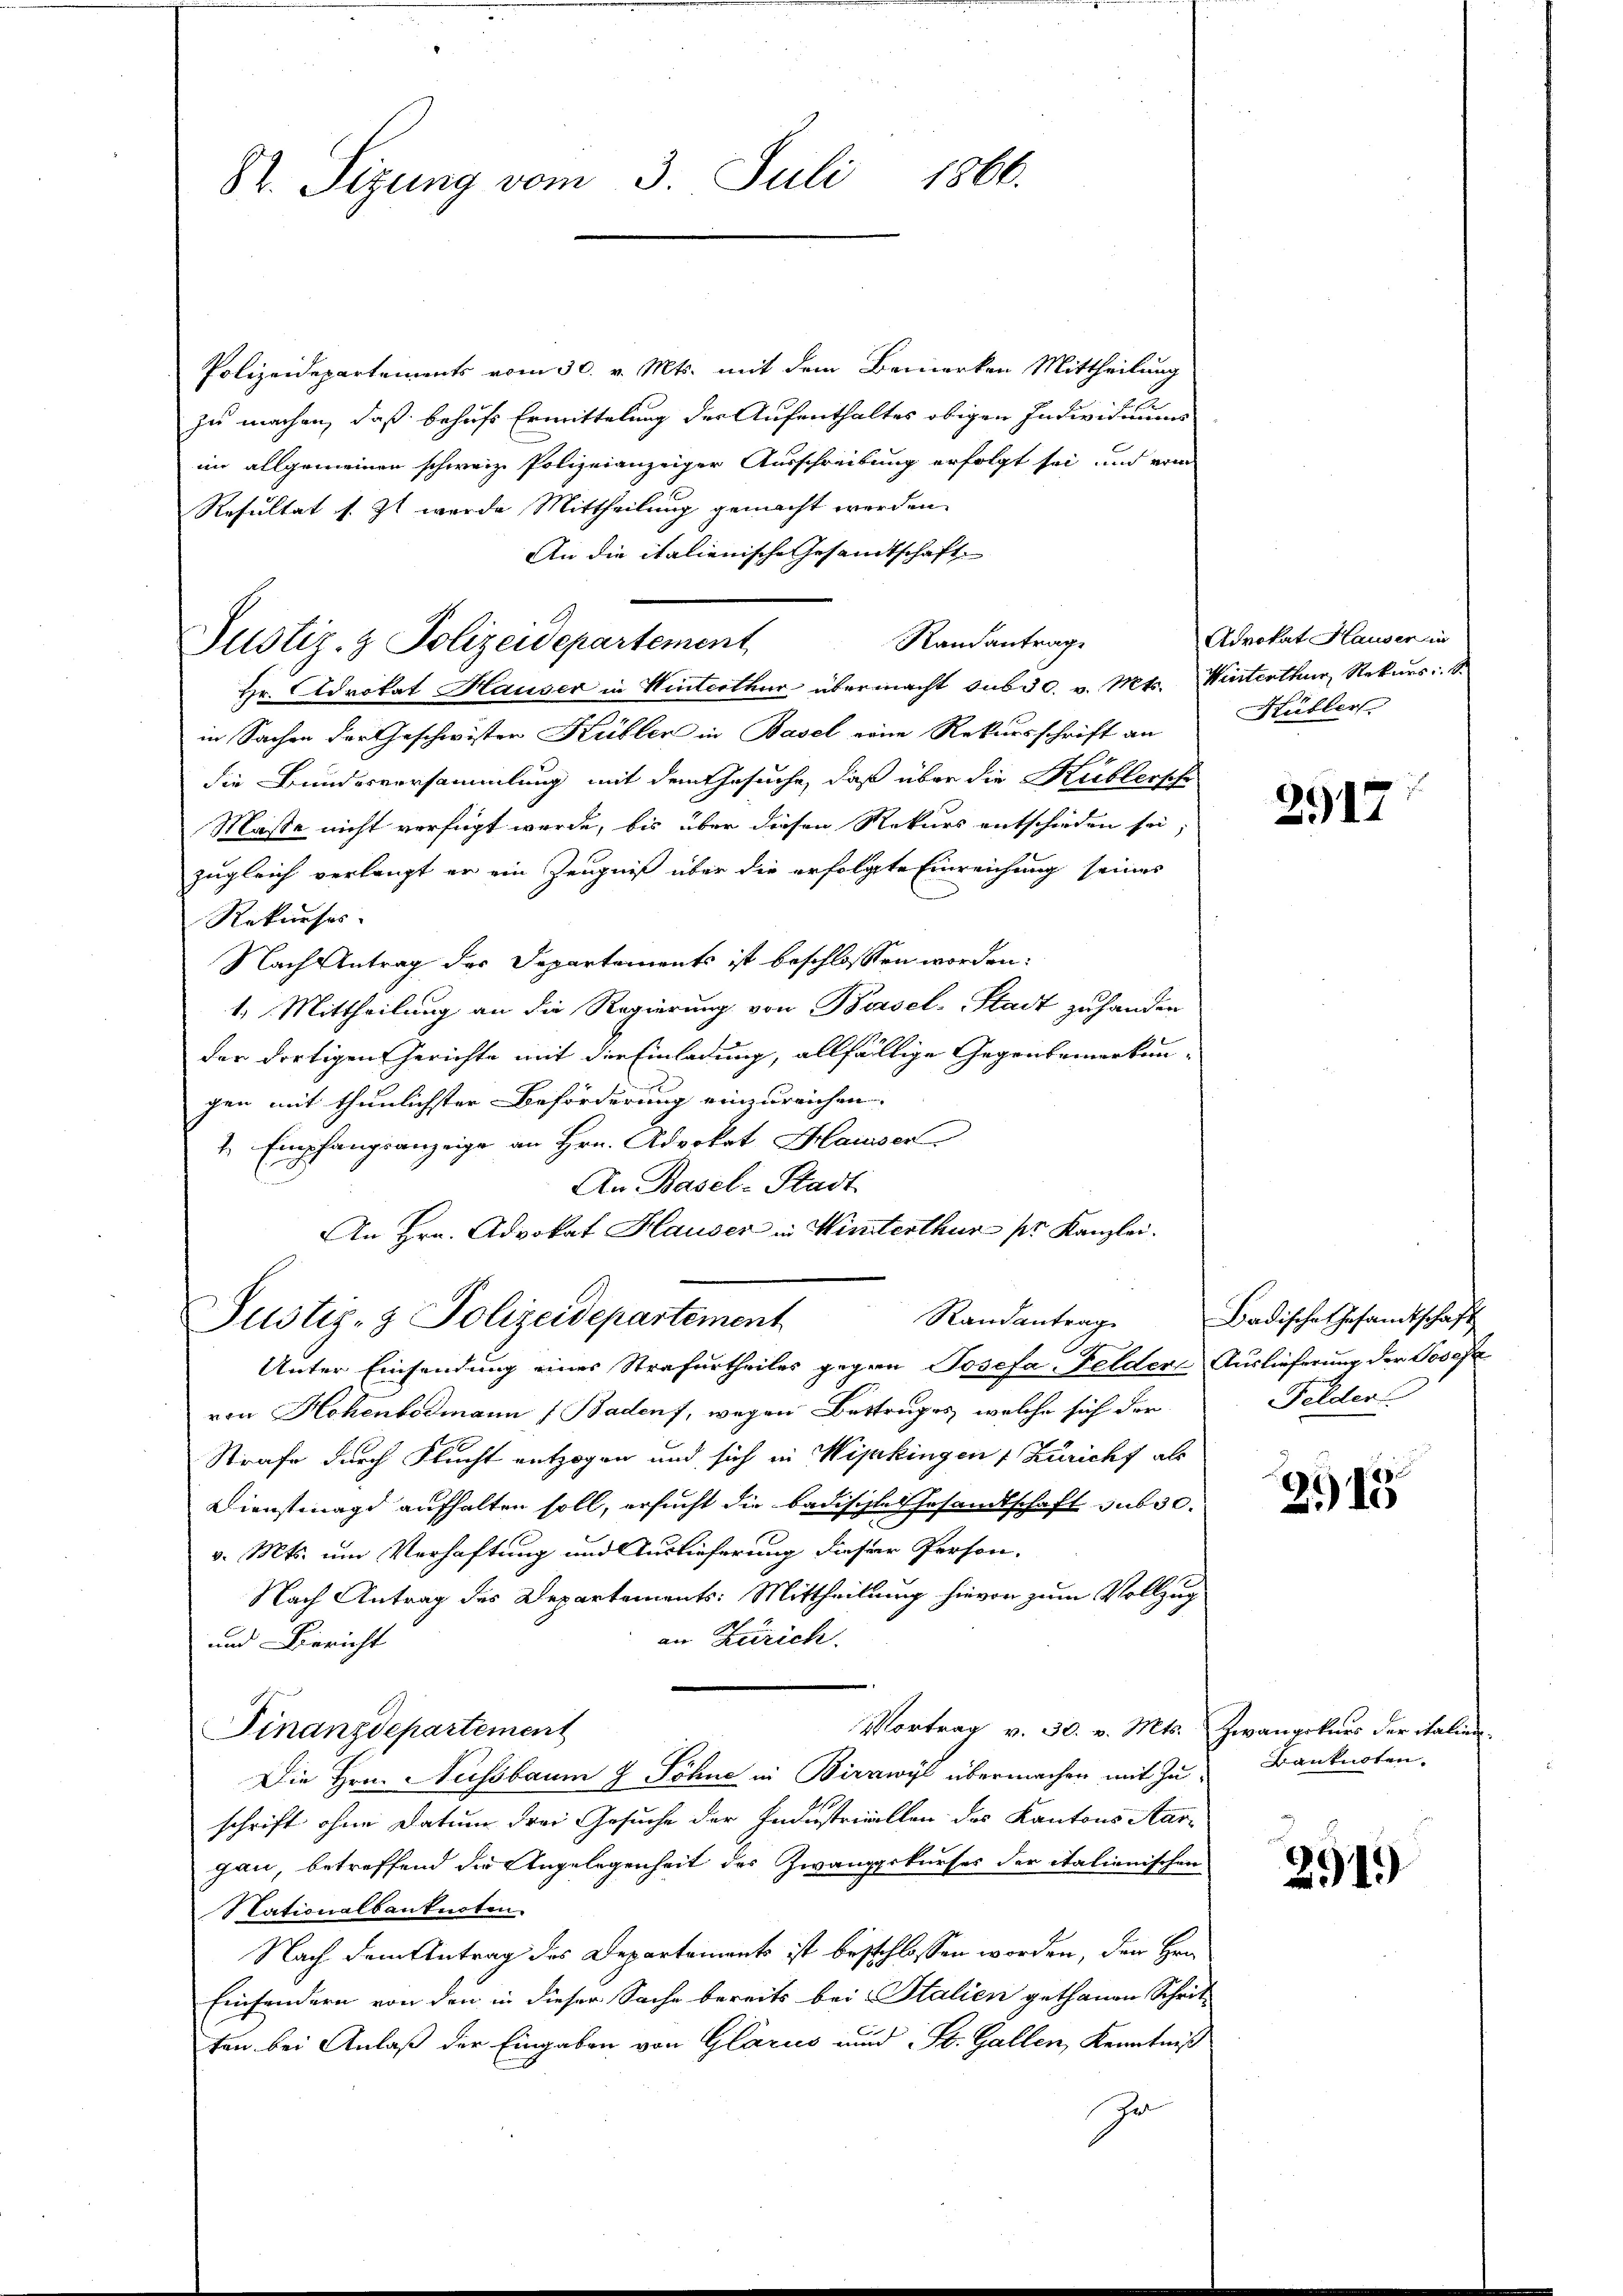
Polizeidepartements vom 30. v. Mts. mit dem Bemerken Mittheilung
zu machen, daß behufs Ermittelung der Aufenthaltes obigen Individuums
im allgemeinen schweiz. Polizeianzeiger Ausschreibung erfolgt sei, und vom
Resultat s. Zt wurde Mittheilung gemacht werden.
An die italienische Gesandtschaft
Randantrage
Hr. Advokat Hauser in Winterthur übermacht sub 30. v. Mts. Winterthur, Rekurs: S
in Sachen der Geschwister Kübler in Basel eine Rekursschrift an
die Bundesversammlung mit dem Gesuche, daß über die Küblersche
Masse nicht verfügt werde, bis über diesen Rekurs entschieden sei,
zugleich verlangt er ein Zeugniß über die erfolgte Einreichung seines
Rekurses.
Nach Antrag des Departements ist beschlossen worden:
1. Mittheilung an die Regierung von Bossel-Stadt zu handen
der dortigen Gerichte mit der Einladung, allfällige Gegenbemerkungen mit thunlichster Beförderung einzureichen.
4. Empfangsanzeige an Hrn. Advokat Hausser
.
An Basel-Stadt.
An Hrn. Advokat Hauser in Winterthur pr. Kanzlei.
Randantrag
Justiz- & Polizeidepartement
Unter Einsendung eines Strafurtheiles gegen Josefa-Felder Auslieferung der Josef
von Hohenbodmann (Badenf, wegen Bettrages, welche sich der
Strafe durch Flucht entzogen und sich in Wipkingen Züricht als
Dienstmagd aufhalten soll, ersucht die Badischtes Gesamtschaft sub 30.
v. Mts. um Verhaftung und Auslieferung dieser Person-
Nach Antrag des Departements: Mittheilung hievon zum Vollzug
an Zürich.
und Bericht
Vortrag v. 30. v. Mts. Zwangskurs der italien.
Finanzdepartement
Die Hrn. Neissbaum & Söhne in Birrwyl übermachen mit Zuschrift ohne Datum drei Gesuche der Industriellen des Kantons Aar-
gau, betreffend die Angelegenheit des Zwangskurses der italienischen
Nationalbanknoten
Nach dem Antrag des Departements ist beschlossen worden, den Hrn.
Einsondern von den in dieser Sache bereits bei Stalien gethanen Schrit-
ten bei Anlaß der Eingaben von Glarus und St. Gallen, Kenntniß
Ir

St. Sitzung vom 3. Juli 1866.

Justiz- & Polizeidepartement,

Advokat Hauser in
Hübler

2917

Badisches Gesandtschaft
Felder

3915

Kanknoten.

2919